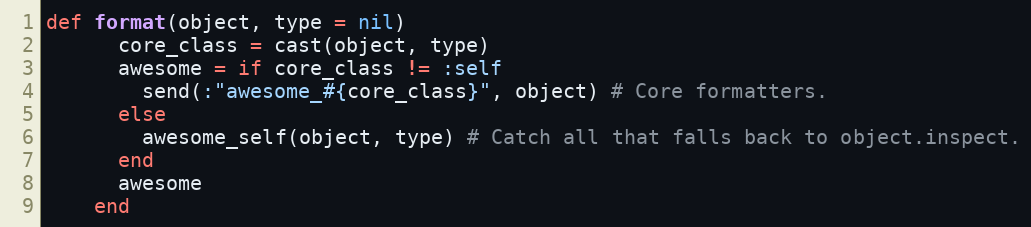
Language: Ruby
def format(object, type = nil)
      core_class = cast(object, type)
      awesome = if core_class != :self
        send(:"awesome_#{core_class}", object) # Core formatters.
      else
        awesome_self(object, type) # Catch all that falls back to object.inspect.
      end
      awesome
    end